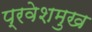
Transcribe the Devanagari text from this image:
प्रवेशमुख